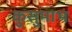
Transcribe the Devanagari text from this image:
कुसुमाभ